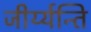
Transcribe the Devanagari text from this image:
जीर्य्यन्ति